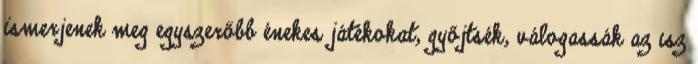
ismerjenek meg egyszerőbb énekes játékokat, győjtsék, válogassák az ısz